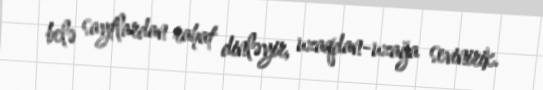
belə saytlardan rahat dinləyir, uzaqdan-uzağa sevinirik.